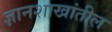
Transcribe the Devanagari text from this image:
ज्ञानशाखांतील